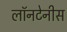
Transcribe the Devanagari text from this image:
लॉनटेनीस